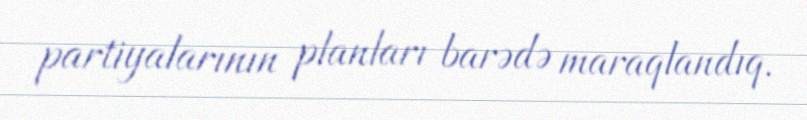
partiyalarının planları barədə maraqlandıq.